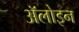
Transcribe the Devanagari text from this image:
ॲलोइन